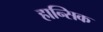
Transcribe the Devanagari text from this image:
हान्सिक